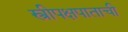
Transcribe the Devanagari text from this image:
स्त्रीपक्षपाताची